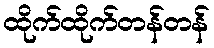
ထိုက်ထိုက်တန်တန်